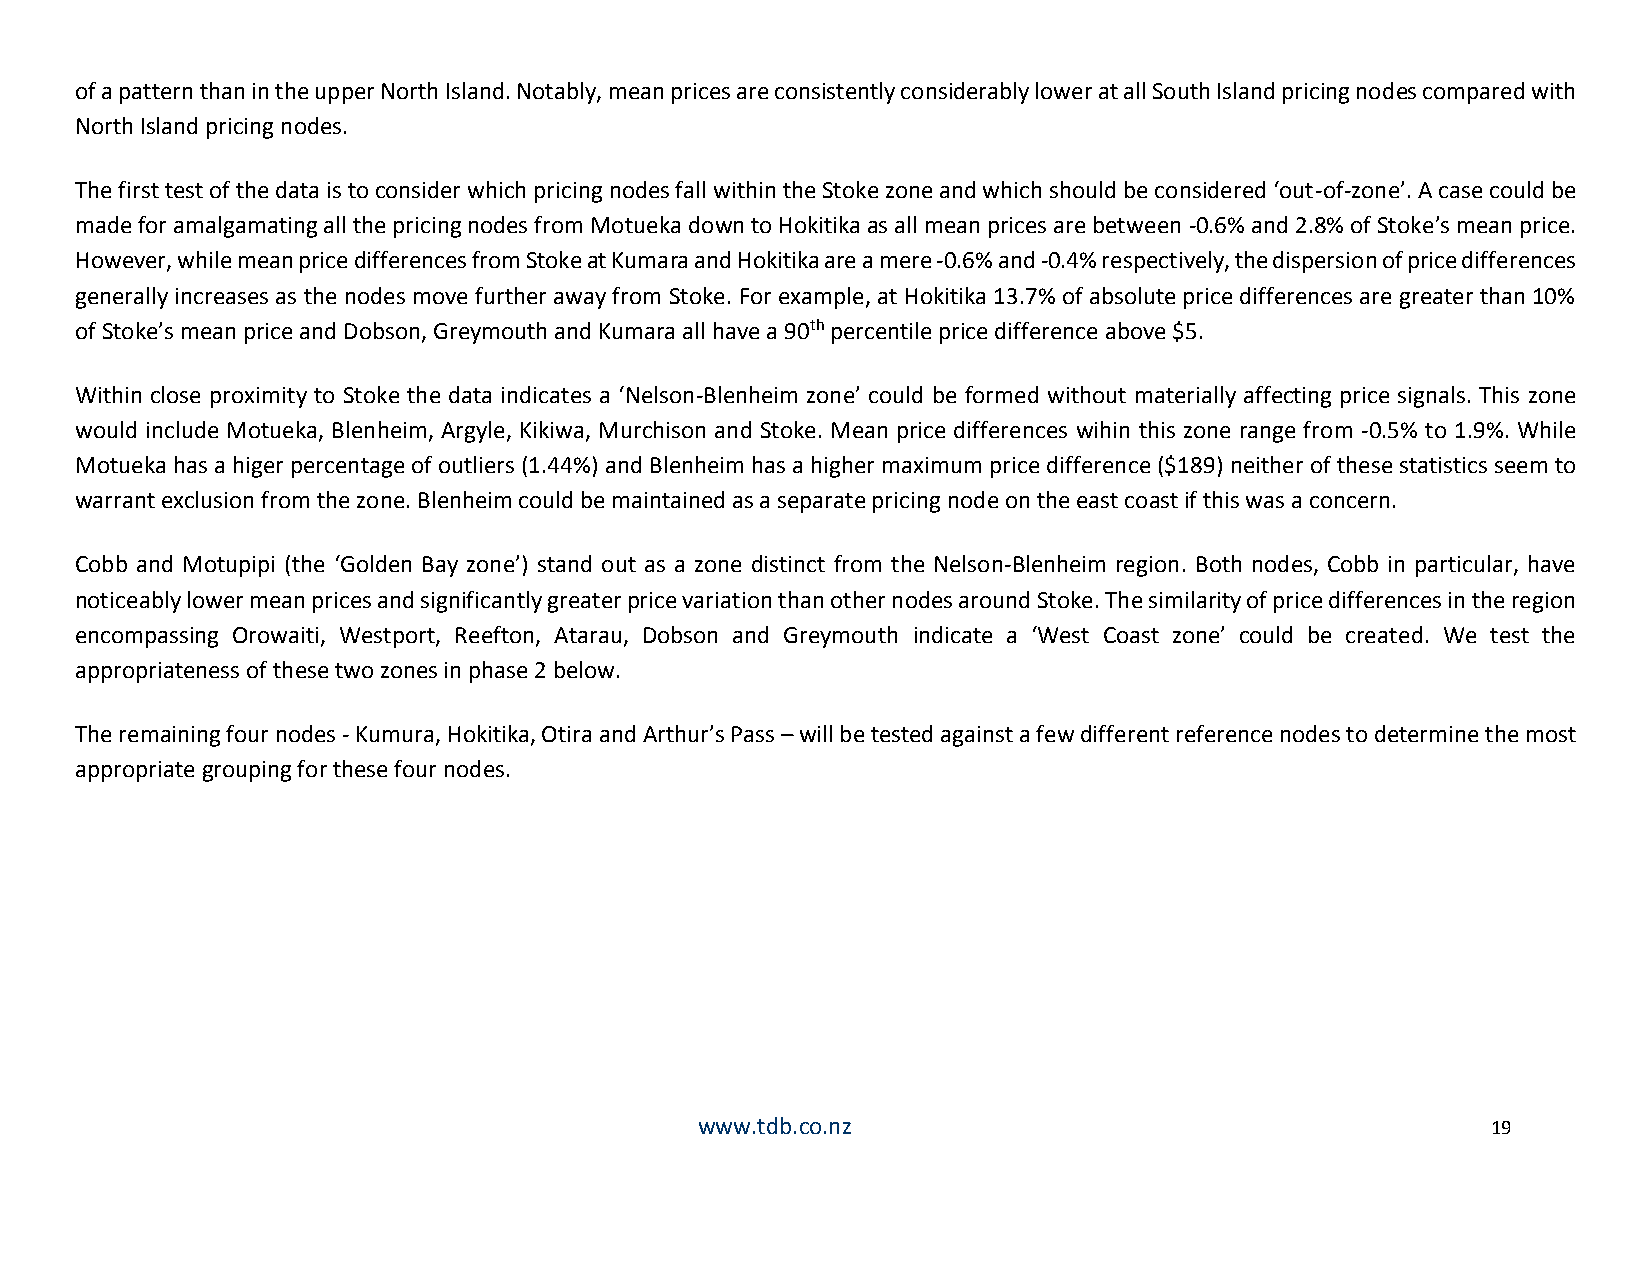
of a pattern than in the upper North Island. Notably, mean prices are consistently considerably lower at all South Island pricing nodes compared with
 North Island pricing nodes.
 The first test of the data is to consider which pricing nodes fall within the Stoke zone and which should be considered ‘out-of-zone’. A case could be
 made for amalgamating all the pricing nodes from Motueka down to Hokitika as all mean prices are between -0.6% and 2.8% of Stoke’s mean price.
 However, while mean price differences from Stoke at Kumara and Hokitika are a mere -0.6% and -0.4% respectively, the dispersion of price differences
 generally increases as the nodes move further away from Stoke. For example, at Hokitika 13.7% of absolute price differences are greater than 10%
 of Stoke’s mean price and Dobson, Greymouth and Kumara all have a 90th percentile price difference above $5.
 Within close proximity to Stoke the data indicates a ‘Nelson-Blenheim zone’ could be formed without materially affecting price signals. This zone
 would include Motueka, Blenheim, Argyle, Kikiwa, Murchison and Stoke. Mean price differences wihin this zone range from -0.5% to 1.9%. While
 Motueka has a higer percentage of outliers (1.44%) and Blenheim has a higher maximum price difference ($189) neither of these statistics seem to
 warrant exclusion from the zone. Blenheim could be maintained as a separate pricing node on the east coast if this was a concern.
 Cobb and Motupipi (the ‘Golden Bay zone’) stand out as a zone distinct from the Nelson-Blenheim region. Both nodes, Cobb in particular, have
 noticeably lower mean prices and significantly greater price variation than other nodes around Stoke. The similarity of price differences in the region
 encompassing Orowaiti, Westport, Reefton, Atarau, Dobson and Greymouth indicate a ‘West Coast zone’ could be created. We test the
 appropriateness of these two zones in phase 2 below.
 The remaining four nodes - Kumura, Hokitika, Otira and Arthur’s Pass – will be tested against a few different reference nodes to determine the most
 appropriate grouping for these four nodes.
 www.tdb.co.nz                                        19